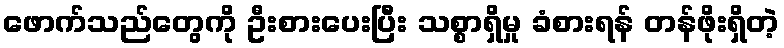
ဖောက်သည်တွေကို ဦးစားပေးပြီး သစ္စာရှိမှု ခံစားရန် တန်ဖိုးရှိတဲ့